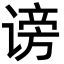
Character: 谤